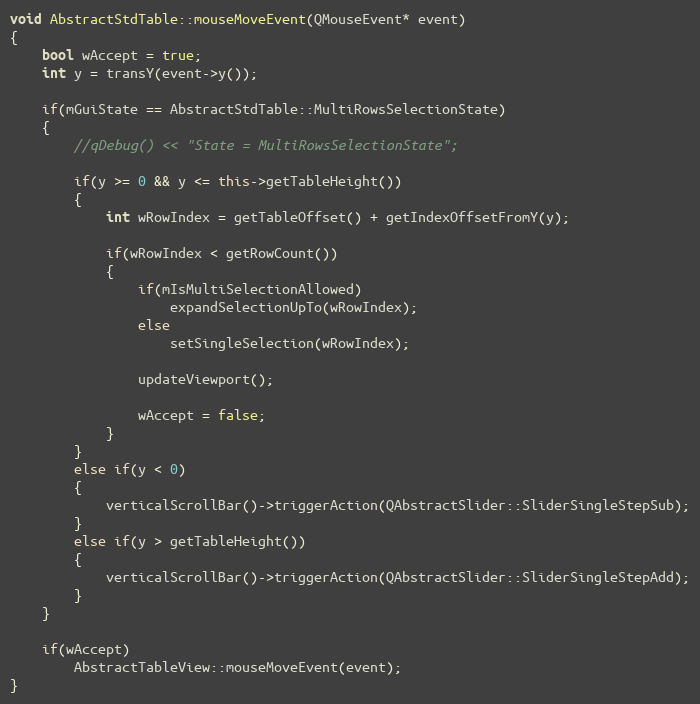
Language: C++
void AbstractStdTable::mouseMoveEvent(QMouseEvent* event)
{
    bool wAccept = true;
    int y = transY(event->y());

    if(mGuiState == AbstractStdTable::MultiRowsSelectionState)
    {
        //qDebug() << "State = MultiRowsSelectionState";

        if(y >= 0 && y <= this->getTableHeight())
        {
            int wRowIndex = getTableOffset() + getIndexOffsetFromY(y);

            if(wRowIndex < getRowCount())
            {
                if(mIsMultiSelectionAllowed)
                    expandSelectionUpTo(wRowIndex);
                else
                    setSingleSelection(wRowIndex);

                updateViewport();

                wAccept = false;
            }
        }
        else if(y < 0)
        {
            verticalScrollBar()->triggerAction(QAbstractSlider::SliderSingleStepSub);
        }
        else if(y > getTableHeight())
        {
            verticalScrollBar()->triggerAction(QAbstractSlider::SliderSingleStepAdd);
        }
    }

    if(wAccept)
        AbstractTableView::mouseMoveEvent(event);
}